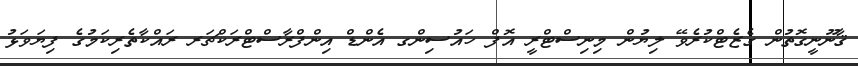
ޤާނޫނީގޮތުން ގެޒެޓްކުރެވޭ ލިޔުން މިނިސްޓްރީ އޮފް ހައުސިންގ އެންޑް އިންފްރާސްޓްރަކްޗަރ ރައްކާތެރިކަމުގެ ފިޔަވަޅު